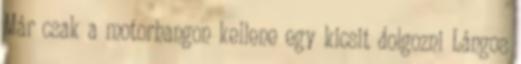
Már csak a motorhangon kellene egy kicsit dolgozni Lángos